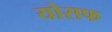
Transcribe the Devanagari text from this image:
योसफ